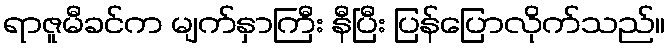
ရာဇူမီခင်က မျက်နှာကြီး နီပြီး ပြန်ပြောလိုက်သည်။